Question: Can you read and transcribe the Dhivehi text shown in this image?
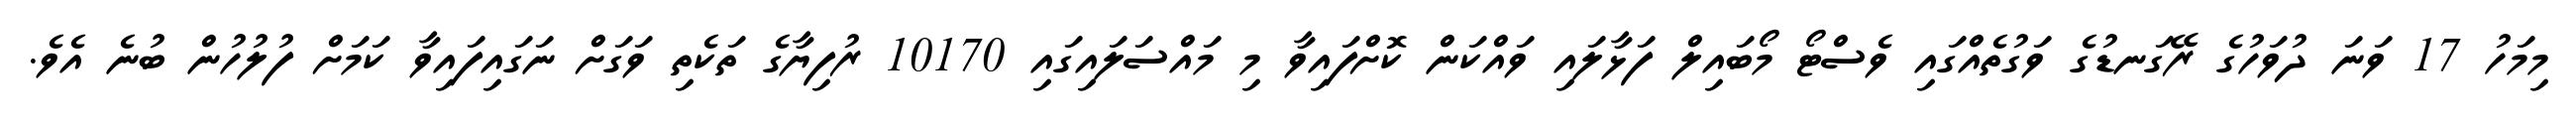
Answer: މިމަހު 17 ވަނަ ދުވަހުގެ ރޭގަނޑުގެ ވަގުތެއްގައި ވެސްޓޯ މޯބައިލް ފަޅާލައި ވައްކަން ކޮށްފައިވާ މި މައްސަލައިގައި 10170 ރުފިޔާގެ ތަކެތި ވަގަށް ނަގައިފައިވާ ކަމަށް ފުލުހުން ބުނެ އެވެ.